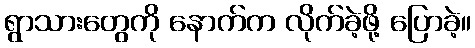
ရွာသားတွေကို နောက်က လိုက်ခဲ့ဖို့ ပြောခဲ့။